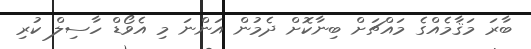
ބާރަ މަޤާމެއްގެ މައްޗަށް ބިނާކޮށް ދެމުން އަންނަ މި އެވޯޑް ހާސިލް ކުރި